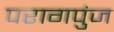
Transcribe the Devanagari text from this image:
परागपुंज